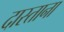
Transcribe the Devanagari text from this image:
दास्ताना